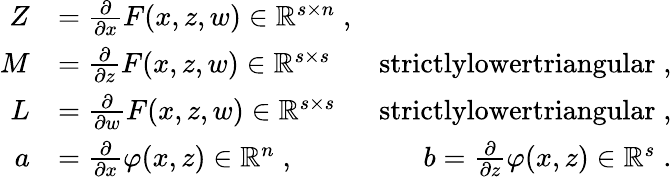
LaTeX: \begin{array}{rlr}{Z}&{=\frac{\partial}{\partial x}F(x,z,w)\in\mathbb{R}^{s\times n}\; ,}\\ {M}&{=\frac{\partial}{\partial z}F(x,z,w)\in\mathbb{R}^{s\times s}}&{\textrm{strictlylowertriangular}\; ,}\\ {L}&{=\frac{\partial}{\partial w}F(x,z,w)\in\mathbb{R}^{s\times s}}&{\textrm{strictlylowertriangular}\; ,}\\ {a}&{=\frac{\partial}{\partial x}\varphi(x,z)\in\mathbb{R}^{n}\; ,}&{b=\frac{\partial}{\partial z}\varphi(x,z)\in\mathbb{R}^{s}\; .}\end{array}